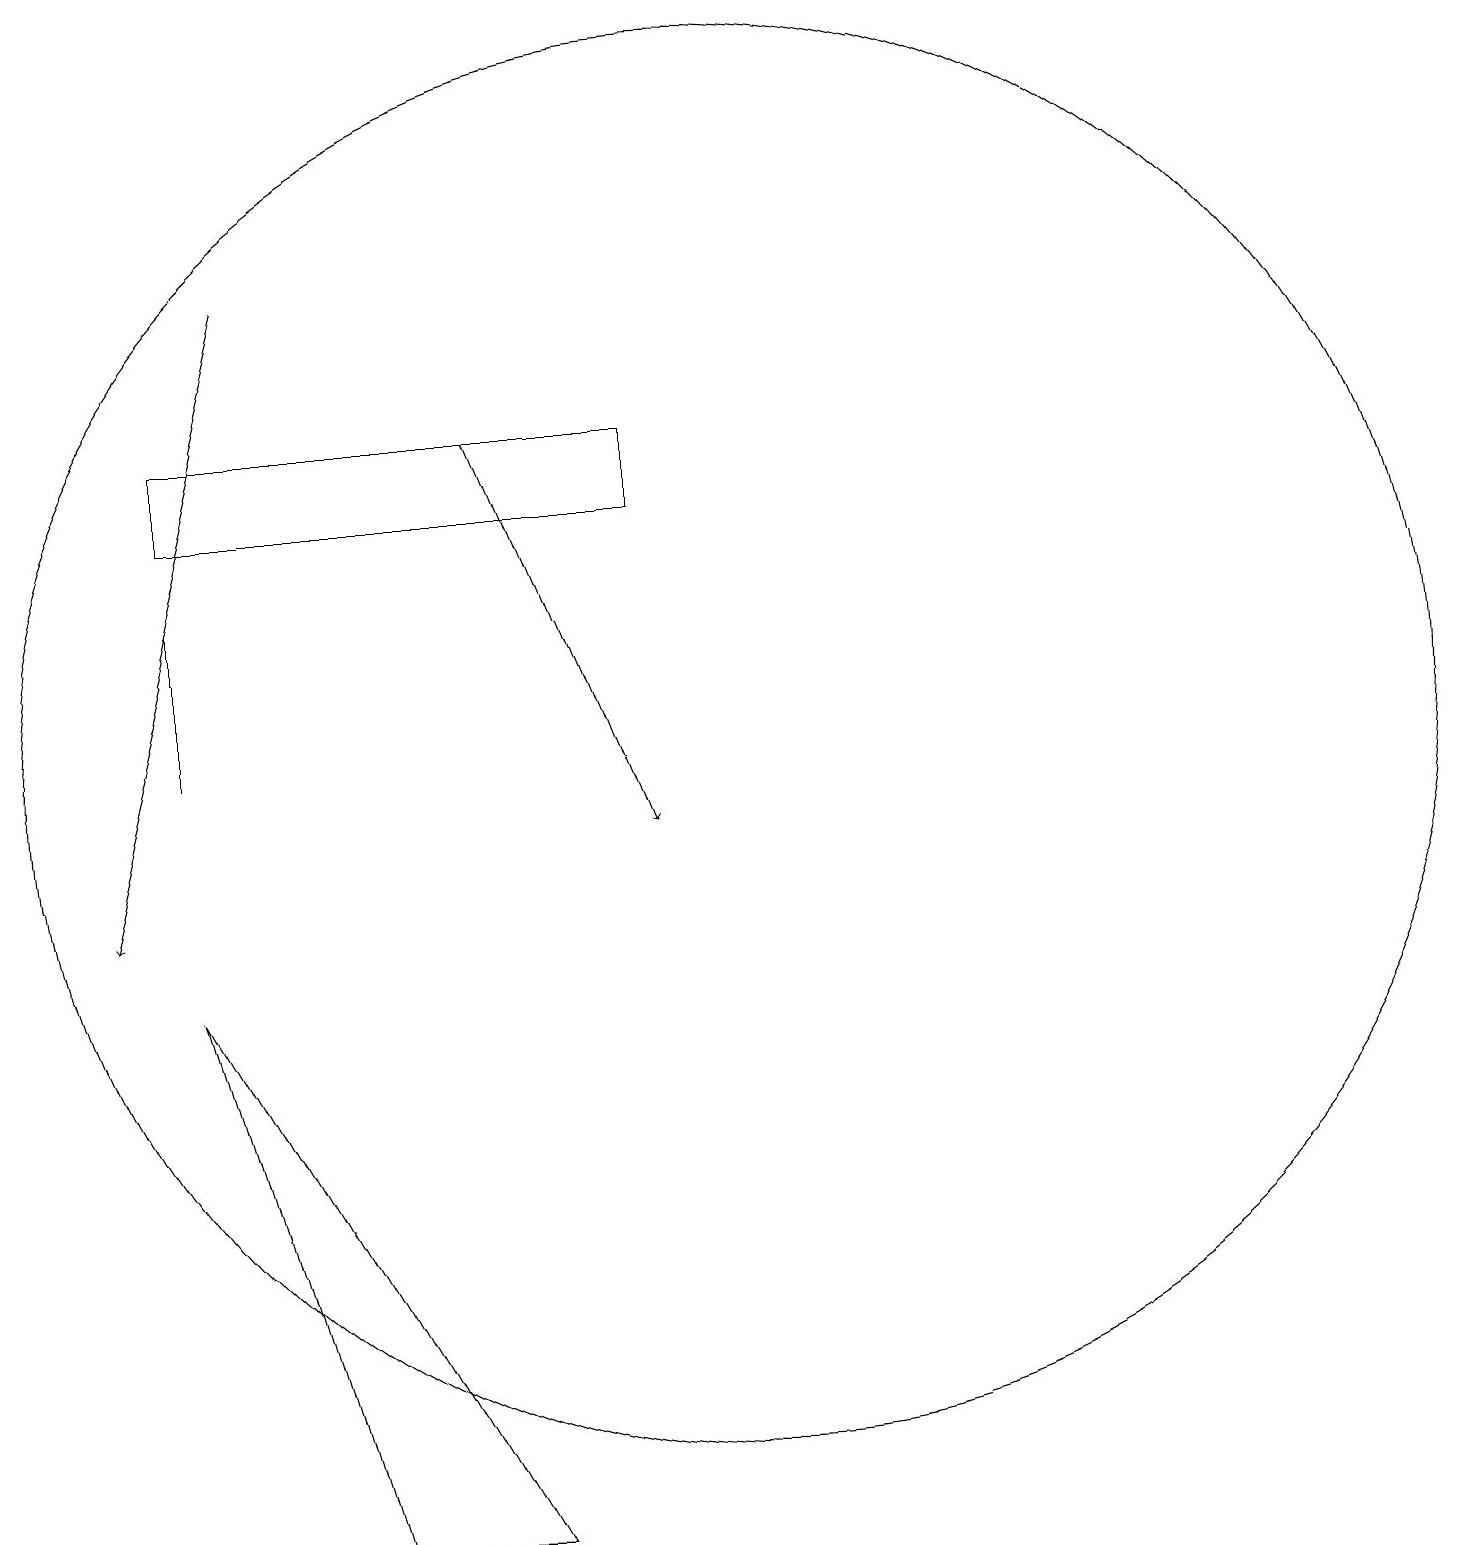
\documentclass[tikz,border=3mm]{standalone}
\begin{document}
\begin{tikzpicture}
\draw (10,12) circle (9);
\draw[->] (4,18) -- (2,10);
\draw (9,16) rectangle (3,15);
\draw (3,12) rectangle (3,14);
\draw (5,2) -- (7,2) -- (3,9) -- cycle;
\draw[->] (7,16) -- (9,11);
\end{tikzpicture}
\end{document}